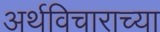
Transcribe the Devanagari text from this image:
अर्थविचाराच्या